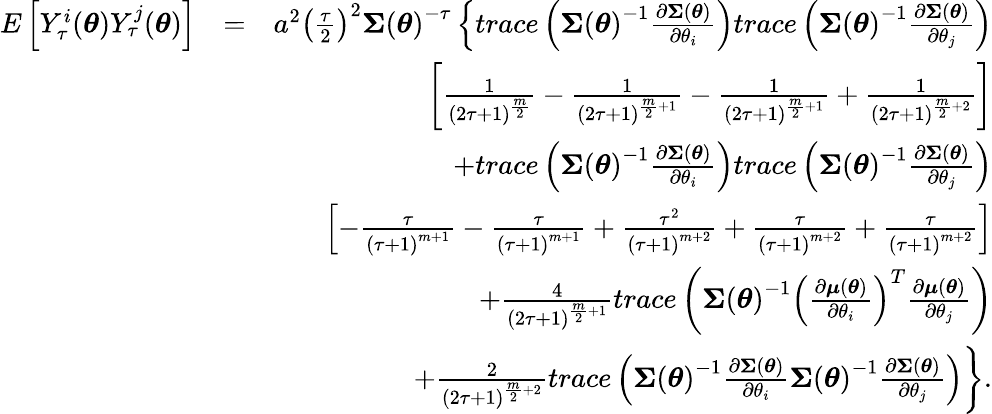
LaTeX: \begin{array}{rlr}{E\left[Y_{\tau}^{i}(\boldsymbol{\theta})Y_{\tau}^{j}(\boldsymbol{\theta})\right]}&{=}&{a^{2}\left(\frac{\tau}{2}\right)^{2}\boldsymbol{\Sigma}\left(\boldsymbol{\theta}\right)^{-\tau}\left\{ trace\left(\boldsymbol{\Sigma}\left(\boldsymbol{\theta}\right)^{-1}\frac{\partial\boldsymbol{\Sigma}\left(\boldsymbol{\theta}\right)}{\partial\theta_{i}}\right)trace\left(\boldsymbol{\Sigma}\left(\boldsymbol{\theta}\right)^{-1}\frac{\partial\boldsymbol{\Sigma}\left(\boldsymbol{\theta}\right)}{\partial\theta_{j}}\right)\right.}\\ &{}&{\left.\left[\frac{1}{\left(2\tau+1\right)^{\frac{m}{2}}}-\frac{1}{\left(2\tau+1\right)^{\frac{m}{2}+1}}-\frac{1}{\left(2\tau+1\right)^{\frac{m}{2}+1}}+\frac{1}{\left(2\tau+1\right)^{\frac{m}{2}+2}}\right]\right.}\\ &{}&{\left.+trace\left(\boldsymbol{\Sigma}\left(\boldsymbol{\theta}\right)^{-1}\frac{\partial\boldsymbol{\Sigma}\left(\boldsymbol{\theta}\right)}{\partial\theta_{i}}\right)trace\left(\boldsymbol{\Sigma}\left(\boldsymbol{\theta}\right)^{-1}\frac{\partial\boldsymbol{\Sigma}\left(\boldsymbol{\theta}\right)}{\partial\theta_{j}}\right)\right.}\\ &{}&{\left.\left[-\frac{\tau}{\left(\tau+1\right)^{m+1}}-\frac{\tau}{\left(\tau+1\right)^{m+1}}+\frac{\tau^{2}}{\left(\tau+1\right)^{m+2}}+\frac{\tau}{\left(\tau+1\right)^{m+2}}+\frac{\tau}{\left(\tau+1\right)^{m+2}}\right]\right.}\\ &{}&{\left.+\frac{4}{\left(2\tau+1\right)^{\frac{m}{2}+1}}trace\left(\boldsymbol{\Sigma}\left(\boldsymbol{\theta}\right)^{-1}\left(\frac{\partial\boldsymbol{\mu}\left(\boldsymbol{\theta}\right)}{\partial\theta_{i}}\right)^{T}\frac{\partial\boldsymbol{\mu}\left(\boldsymbol{\theta}\right)}{\partial\theta_{j}}\right)\right.}\\ &{}&{\left.+\frac{2}{\left(2\tau+1\right)^{\frac{m}{2}+2}}trace\left(\boldsymbol{\Sigma}\left(\boldsymbol{\theta}\right)^{-1}\frac{\partial\boldsymbol{\Sigma}\left(\boldsymbol{\theta}\right)}{\partial\theta_{i}}\boldsymbol{\Sigma}\left(\boldsymbol{\theta}\right)^{-1}\frac{\partial\boldsymbol{\Sigma}\left(\boldsymbol{\theta}\right)}{\partial\theta_{j}}\right)\right\} .}\end{array}